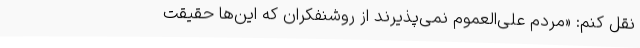
نقل کنم: «مردم علی‌العموم نمی‌پذیرند از روشنفکران که این‌ها حقیقت